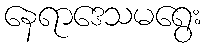
နေရာဒေသမရွေး